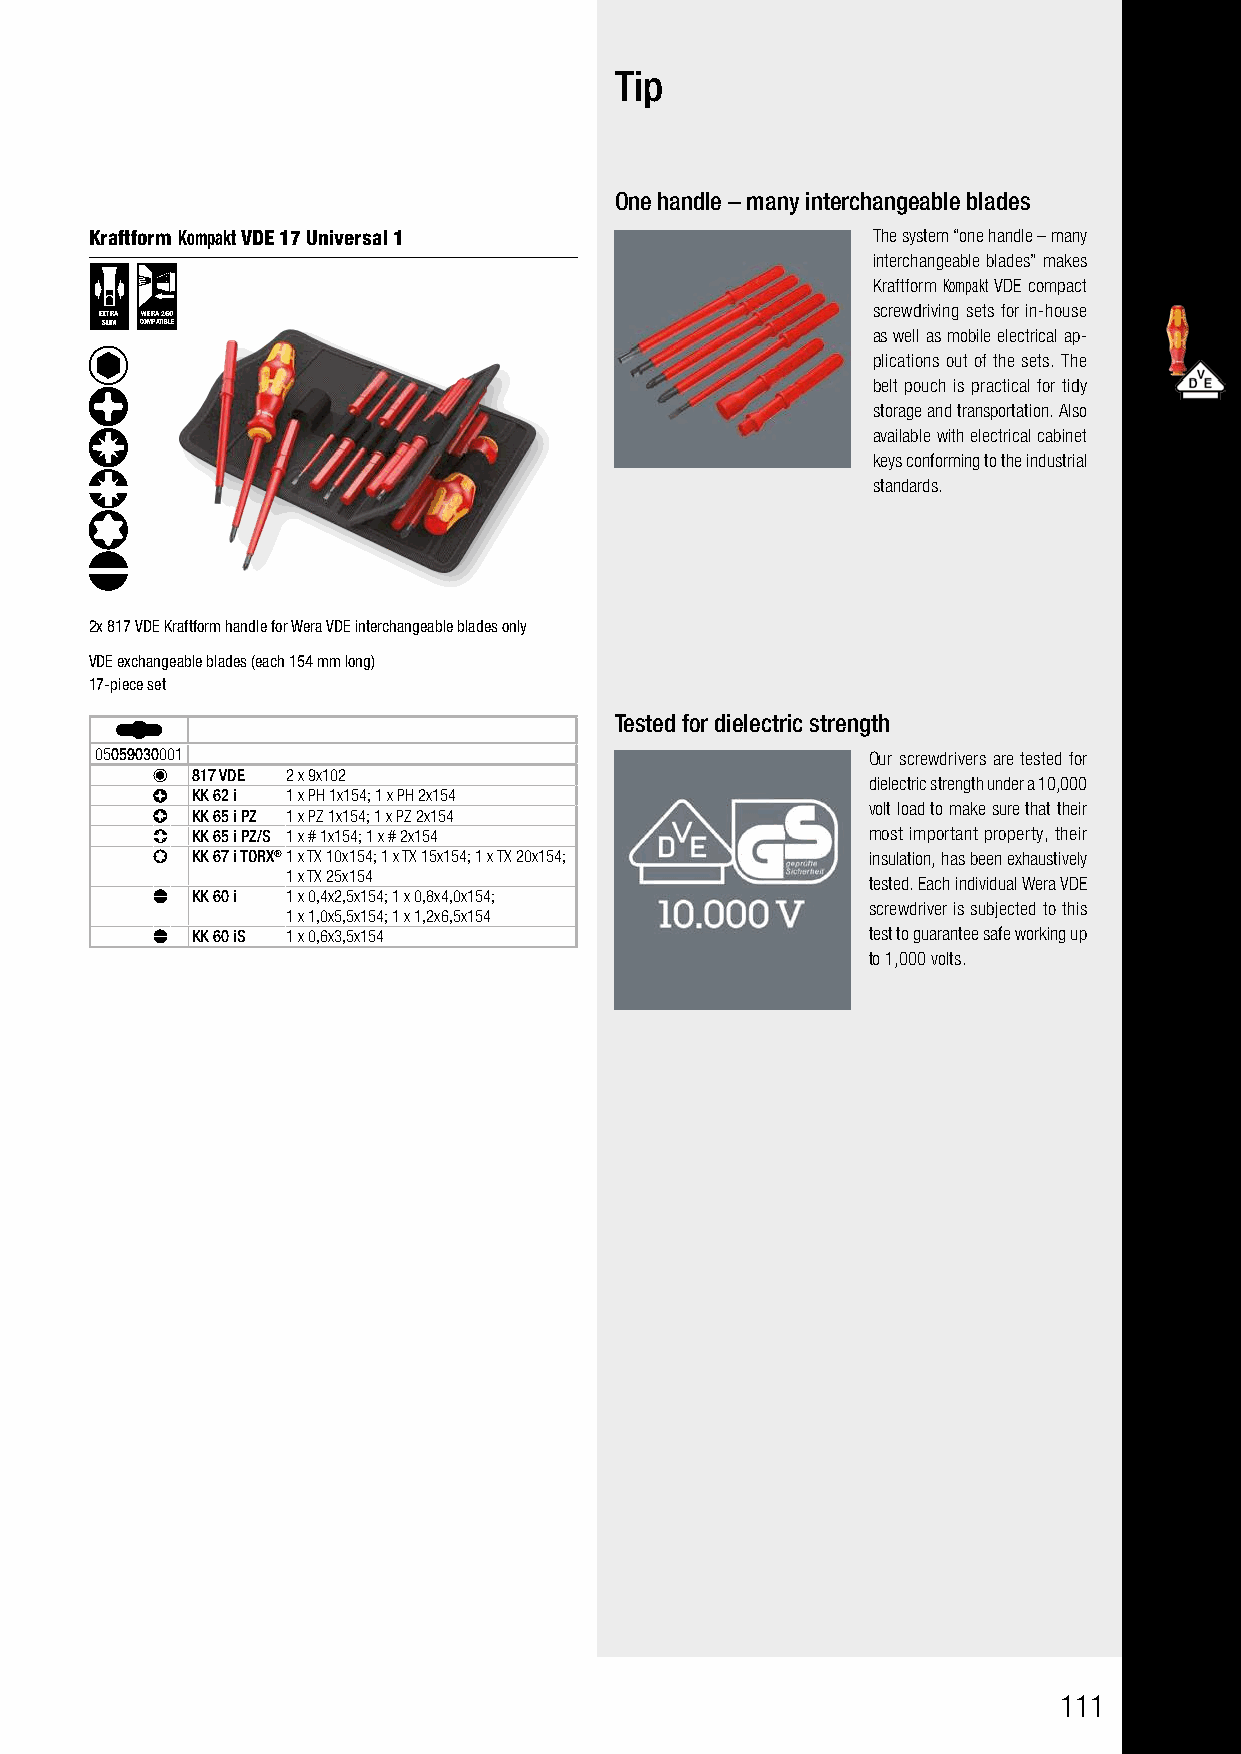
Tip
 One handle – many interchangeable blades
 Kraftform Kompakt VDE 17 Universal 1                The system “one handle – many
 interchangeable blades” makes
 Kraftform Kompakt VDE compact
 screwdriving sets for in-house
 EXTRA WERA 2GO
 SLIM COMPATIBLE
 as well as mobile electrical ap-
 plications out of the sets. The
 belt pouch is practical for tidy
 storage and transportation. Also
 available with electrical cabinet
 keys conforming to the industrial
 standards.
 2x 817 VDE Kraftform handle for Wera VDE interchangeable blades only
 VDE exchangeable blades (each 154 mm long)
 17-piece set
 Tested for dielectric strength
 05059030001                                        Our screwdrivers are tested for
 817 VDE 2 x 9x102
 dielectric strength under a 10,000
 KK 62 i 1 x PH 1x154; 1 x PH 2x154
 volt load to make sure that their
 KK 65 i PZ 1 x PZ 1x154; 1 x PZ 2x154
 KK 65 i PZ/S 1 x # 1x154; 1 x # 2x154       most important property, their
 KK 67 i TORX®1 x TX 10x154; 1 x TX 15x154; 1 x TX 20x154; insulation, has been exhaustively
 1 x TX 25x154
 tested. Each individual Wera VDE
 KK 60 i 1 x 0,4x2,5x154; 1 x 0,8x4,0x154;
 screwdriver is subjected to this
 1 x 1,0x5,5x154; 1 x 1,2x6,5x154
 KK 60 iS 1 x 0,6x3,5x154                    test to guarantee safe working up
 to 1,000 volts.
 111